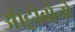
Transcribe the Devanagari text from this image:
ऑट्टोबोनो